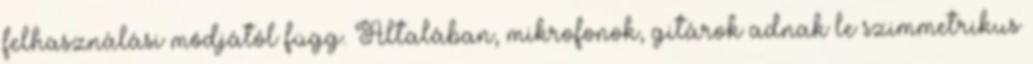
felhasználási módjától függ. Általában, mikrofonok, gitárok adnak le szimmetrikus